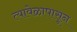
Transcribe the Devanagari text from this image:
त्यावेळापासून